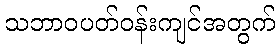
သဘာဝပတ်ဝန်းကျင်အတွက်